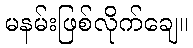
မနမ်းဖြစ်လိုက်ချေ။